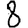
Digit: 8